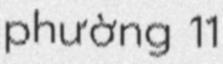
phường 11